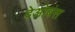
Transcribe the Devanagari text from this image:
देओबंस